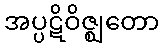
အပ္ပဋိဝိဇ္ဈတော